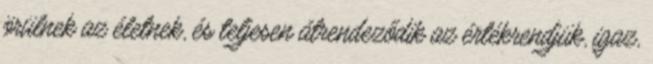
örülnek az életnek, és teljesen átrendeződik az értékrendjük, igaz,